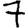
Digit: 7